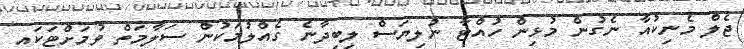
ޖެލް މެނިކުއާ ނެގުން މުޅިން ހުއްޓާ ނުލިޔަސް ލިބިދާނެ ގެއްލުމަކުން ސަލާމަތް ވުމަށްޓަކައި